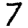
Digit: 7